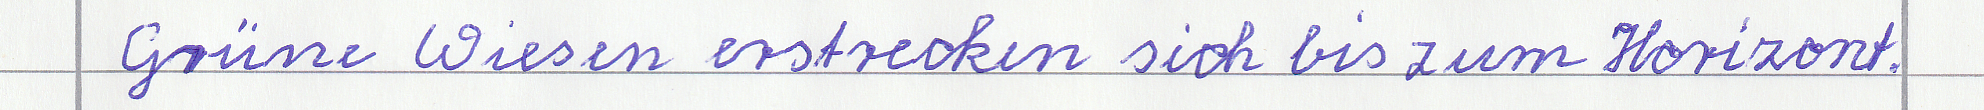
Grüne Wiesen erstrecken sich bis zum Horizont.